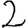
Digit: 2